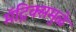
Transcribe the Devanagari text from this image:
मॅट्रिक्समुळे